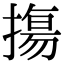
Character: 摥